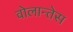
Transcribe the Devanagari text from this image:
वोलान्तेस